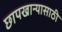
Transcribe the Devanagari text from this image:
छापखान्यासाठी